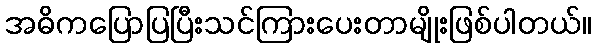
အဓိကပြောပြပြီးသင်ကြားပေးတာမျိုးဖြစ်ပါတယ်။